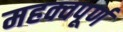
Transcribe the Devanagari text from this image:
महक्वपूर्ण